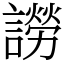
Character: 䜎